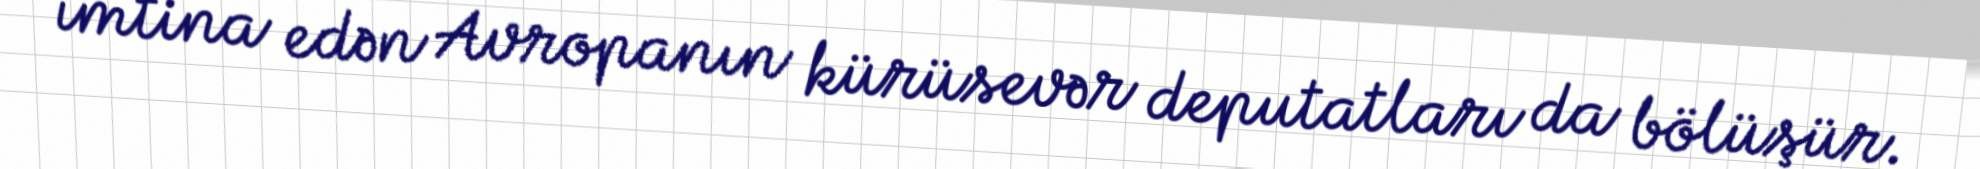
imtina edən Avropanın kürüsevər deputatları da bölüşür.